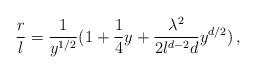
LaTeX: \begin{align*}{r\over l} = {1\over y^{1/2}}(1+{1\over4}y + {\lambda^2\over 2 l^{d-2} d} y^{d/2})\, ,\end{align*}